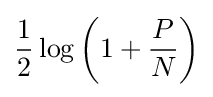
{\frac {1}{2}}\log \left(1+{\frac {P}{N}}\right)